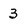
Character: 3